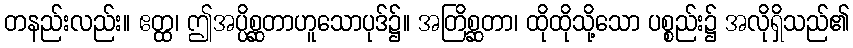
တနည်းလည်း။ ဧတ္ထ၊ ဤအပ္ပိစ္ဆတာဟူသောပုဒ်၌။ အတြိစ္ဆတာ၊ ထိုထိုသို့သော ပစ္စည်း၌ အလိုရှိသည်၏